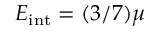
E _ { \mathrm { i n t } } = ( 3 / 7 ) \mu